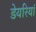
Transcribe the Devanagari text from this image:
डेयरियां